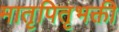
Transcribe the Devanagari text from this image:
मातृपितृभक्ती